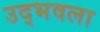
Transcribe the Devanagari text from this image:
उद्‍भवला